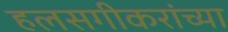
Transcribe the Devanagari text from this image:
हलसगीकरांच्या